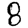
Digit: 8